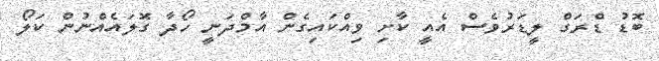
ބޮޑު ޑްރަގް ލީޑަރުވެސް އެއީ ކާށި ވިއްކައިގެން އާމްދަނީ ހޯދާ ގޮލައެއްނުން ކަލޯ